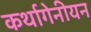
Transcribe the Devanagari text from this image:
कर्थागेनीयन